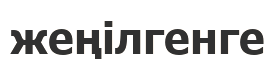
жеңілгенге